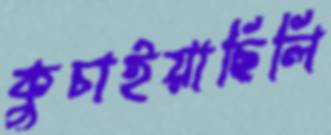
কুচাইয়াছিলি